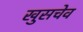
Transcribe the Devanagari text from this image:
खुसचेव